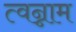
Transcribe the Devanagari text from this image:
त्वन्नाम